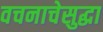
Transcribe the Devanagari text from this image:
वचनाचेसुद्धा